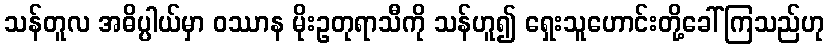
သန်တူလ အဓိပ္ပါယ်မှာ ဝဿာန မိုးဥတုရာသီကို သန်ဟူ၍ ရှေးသူဟောင်းတို့ခေါ်ကြသည်ဟု